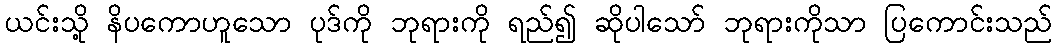
ယင်းသို့ နိပကောဟူသော ပုဒ်ကို ဘုရားကို ရည်၍ ဆိုပါသော် ဘုရားကိုသာ ပြကောင်းသည်